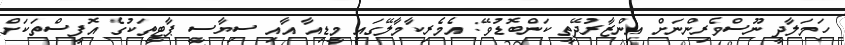
ހަމަލާދީ ނޫސްވެރިންނަށް އިންޒާރުދޭތީ ކަންބޮޑުވޭ: އެމެރިކާމާލޭގައި މީޑިއާ އާއި ސިޔާސީ ޕާޓީތަކުގެ އޮފީސްތަކަށް